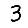
Digit: 3